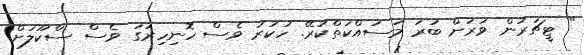
" ޓީޗަރުން ވަރަށް ބުރަ މަސައްކަތްކުރޭ. ހުކުރު ވެސް ހޮނިހިރުގަ ވެސް ސްކޫލަށް